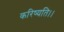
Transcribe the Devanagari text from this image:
करिष्यति।।